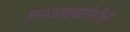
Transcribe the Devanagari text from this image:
समाजाबाबतीतील